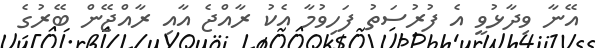
އޭނާ ވިދާޅުވީ އެ ފުރުސަތު ފަހިވުމާ އެކު ރާއްޖެ އާއި ރާއްޖޭން ބޭރުގެ